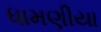
ધામણીયા